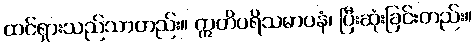
ထင်ရှားသည်သာတည်း။ ဣတိပရိသမာပနံ၊ ပြီးဆုံးခြင်းတည်း။